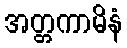
အတ္တကာမိနံ